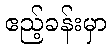
ဧည့်ခန်းမှာ